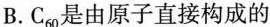
B.C_{60}是由原子直接构成的